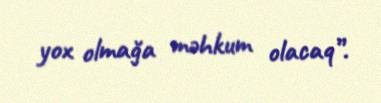
yox olmağa məhkum olacaq”.